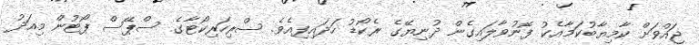
ޖައްވަށް ކާމިޔާބުކަމާއެކު ފޮނުވާލައިގެން ދުނިޔޭގެ ރެކޯޑު ހަދައިފިއެވެ. ސްރިހަރިކޯޓާގެ ސްޕޭސް ޕޯޓުން މިއަދު